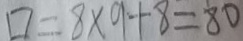
\square = 8 \times 9 + 8 = 8 0